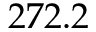
2 7 2 . 2